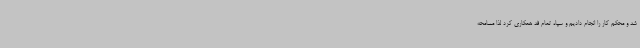
شد و محکم کار را انجام دادیم و سپاه تمام قد همکاری کرد لذا مسامحه